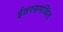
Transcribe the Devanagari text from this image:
ईश्वरसमर्थित